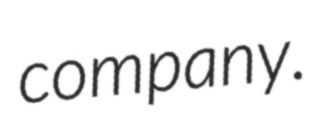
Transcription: company.